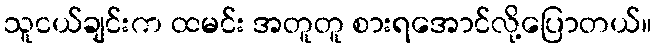
သူငယ်ချင်းက ထမင်း အတူတူ စားရအောင်လို့ပြောတယ်။